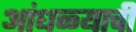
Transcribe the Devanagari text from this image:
आंधळ्याची